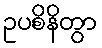
ဥပစိနိတွာ